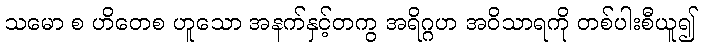
သမော စ ဟိတေစ ဟူသော အနက်နှင့်တကွ အရိဂ္ဂဟ အဝိသာရကို တစ်ပါးစီယူ၍